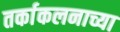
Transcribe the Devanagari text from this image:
तर्काकलनाच्या